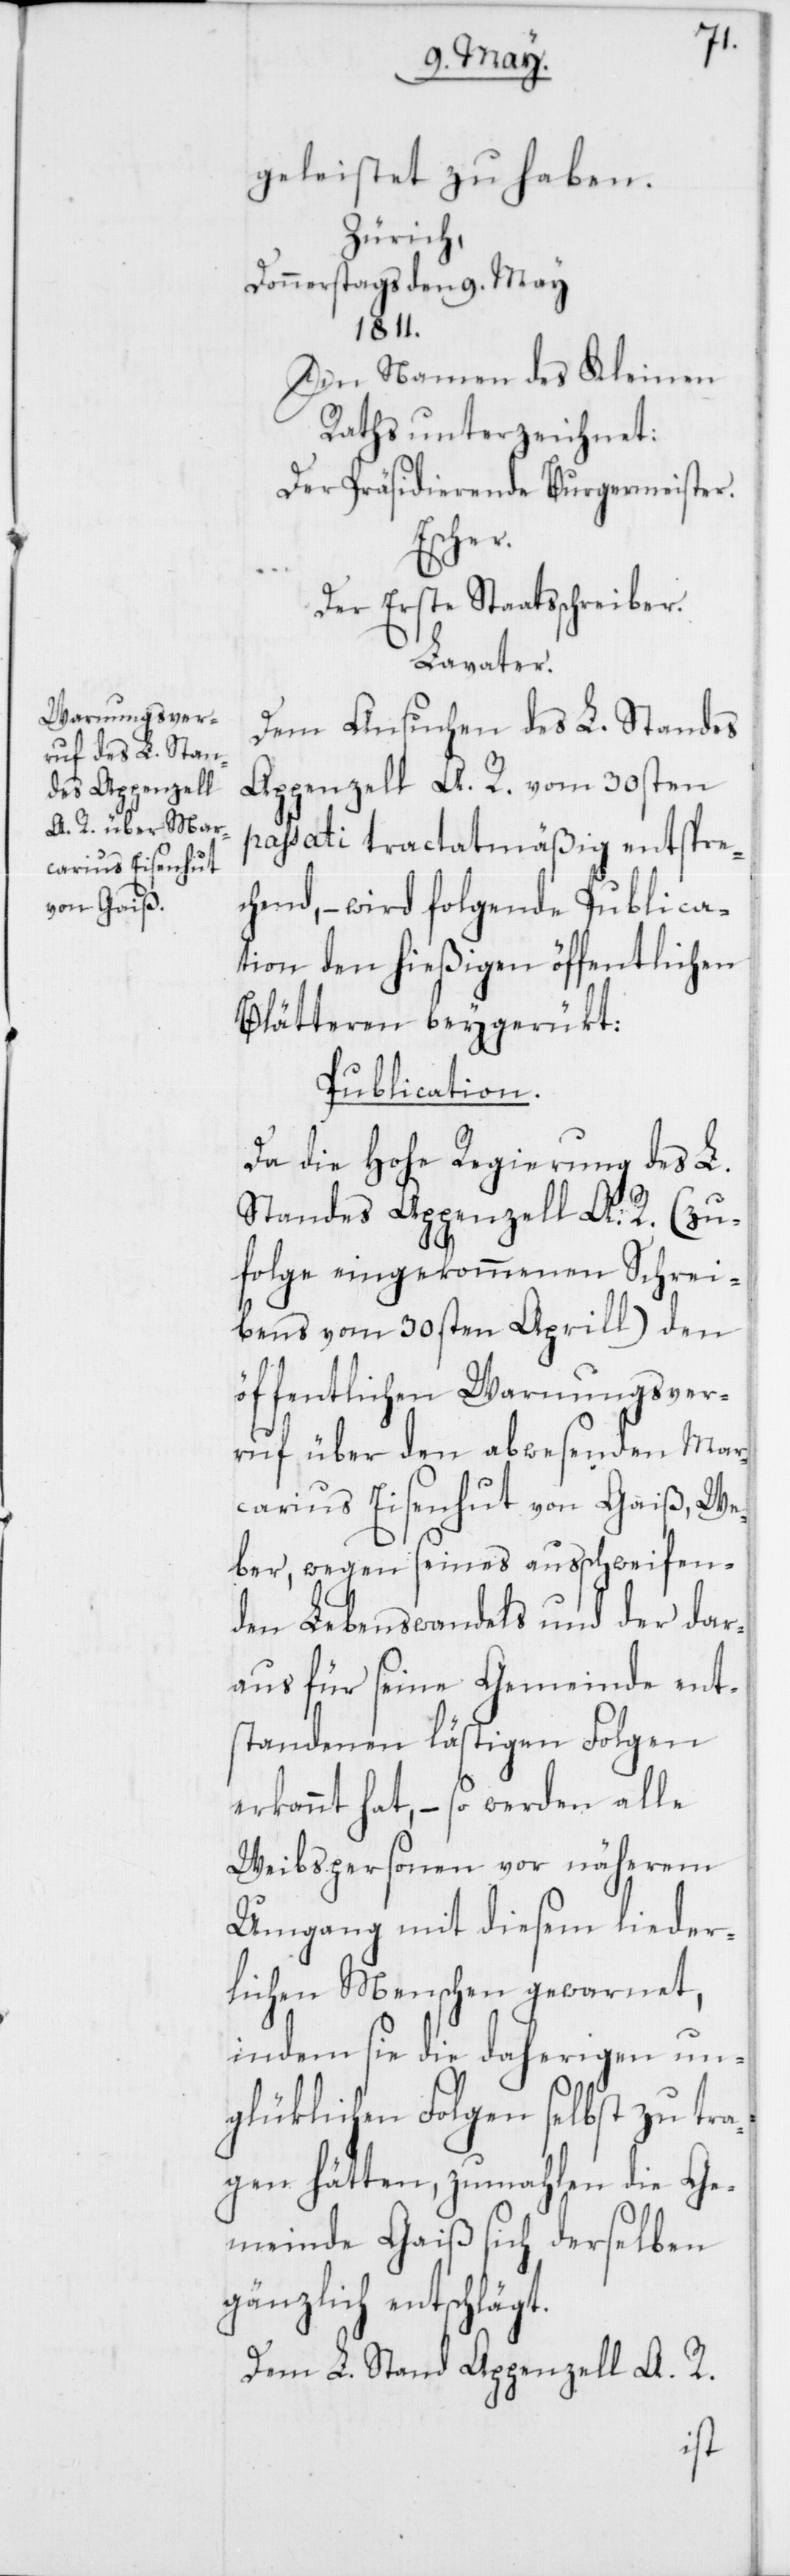
geleistet zu haben.
Zürich,
Donnerstags den 9. May
1811.
Im Namen des Kleinen
Raths unterzeichnet:
Der Präsidierende Burgermeister
Escher.
Der Erste Staatsschreiber.
Lavater.
Dem Ansuchen des L. Standes
Appenzell A. R. vom 30sten
passati tractatmäßig entspre¬
chend, – wird folgende Publica¬
tion den hießigen öffentlichen
Blätteren beygerükt:
Publication.
Da die Hohe Regierung des L.
Standes Appenzell A. R. (zu¬
folge eingekommenen Schrei¬
bens vom 30sten Aprill) den
öffentlichen Warnungsver¬
ruf über den abwesenden Mar¬
carius Eisenhut von Gaiß, We¬
ber, wegen seines ausschweifen¬
den Lebenswandels und der dar¬
aus für seine Gemeinde ent¬
standenen lästigen Folgen
erkannt hat, – so werden alle
Weibspersonen vor näherem
Umgang mit diesem lieder¬
lichen Menschen gewarnet,
indem sie die daherigen un¬
glüklichen Folgen selbst zu tra¬
gen hätten, zumahlen die Ge¬
meinde Gaiß sich derselben
gänzlich entschlägt.
Dem L. Stand Appenzell A. R.